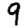
Digit: 9